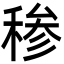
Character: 䅟